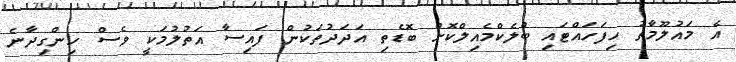
އެ މައުލޫމާތު ހިފަހައްޓައި ބްލެކްމެއިލްކޮށް ބޮޑެތި އަދަދުތަކުން ފައިސާ އަތުލުމަކީ ވެސް ހިންގިދާނެ